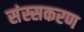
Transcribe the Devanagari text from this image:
संस्सकरण